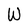
Character: W